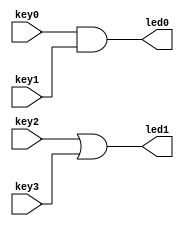
module test_wires(
     input wire key0,
     input wire key1,
     input wire key2,
     input wire key3,
     output wire led0,
     output wire led1
     );

assign led0 = key0 & key1;
assign led1 = key2 | key3;

endmodule